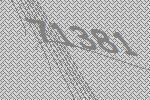
71381